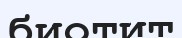
биотит